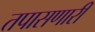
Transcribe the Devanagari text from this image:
तपासणारी